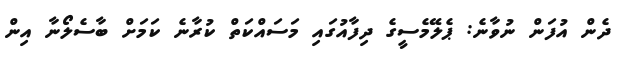
ދެން އުފަން ނުވާނެ: ޕެލޭމެސީގެ ދިފާއުގައި މަސައްކަތް ކުރާނެ ކަމަށް ބާސެލޯނާ އިން